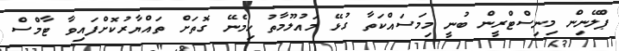
ޕްލޭނިން މިނިސްޓްރީން ބުނީ މިމަސައްކަތާ ގުޅޭ މައުލޫމާތު ހިމެނޭ ގޮތަށް ތައްޔާރުކޮށްފައިވާ ޓާމްސް